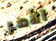
الأمر